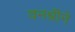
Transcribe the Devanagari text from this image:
वनश्रींने